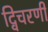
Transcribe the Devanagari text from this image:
द्विचरणी